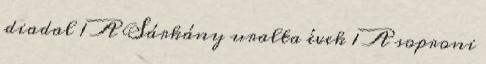
diadal 1 A Sárkány uralta évek 1 A soproni